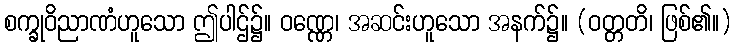
စက္ခုဝိညာဏံဟူသော ဤပါဌ်၌။ ဝဏ္ဏေ၊ အဆင်းဟူသော အနက်၌။ (ဝတ္တတိ၊ ဖြစ်၏။)